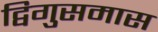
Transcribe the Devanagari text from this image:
द्विगुसमास